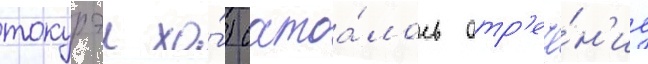
токурэи хо́) состоа́лось отр'ече́н'ие